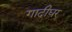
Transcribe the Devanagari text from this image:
गादीघर